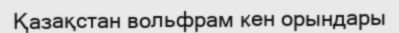
Қазақстан вольфрам кен орындары